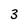
Character: 3